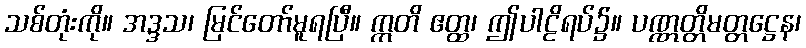
သစ်တုံးကို။ အဒ္ဒသ၊ မြင်တော်မူရပြီ။ ဣတိ ဧတ္ထ၊ ဤပါဠိရပ်၌။ ပဏ္ဏတ္တိမတ္တဋ္ဌေန၊